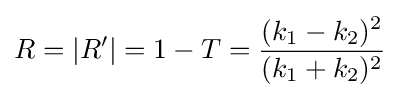
R=|R'|=1-T={\frac {(k_{1}-k_{2})^{2}}{(k_{1}+k_{2})^{2}}}